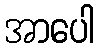
အာပေါ